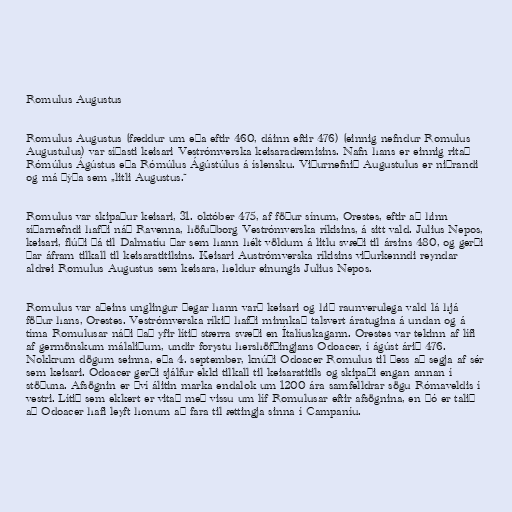
Romulus Augustus

Romulus Augustus (fæddur um eða eftir 460, dáinn eftir 476) (einnig nefndur Romulus
Augustulus) var síðasti keisari Vestrómverska keisaradæmisins. Nafn hans er einnig ritað
Rómúlus Ágústus eða Rómúlus Ágústúlus á íslensku. Viðurnefnið Augustulus er niðrandi
og má þýða sem „litli Augustus.“

Romulus var skipaður keisari, 31. október 475, af föður sínum, Orestes, eftir að hinn
síðarnefndi hafði náð Ravenna, höfuðborg Vestrómverska ríkisins, á sitt vald. Julius Nepos,
keisari, flúði þá til Dalmatíu þar sem hann hélt völdum á litlu svæði til ársins 480, og gerði
þar áfram tilkall til keisaratitilsins. Keisari Austrómverska ríkisins viðurkenndi reyndar
aldrei Romulus Augustus sem keisara, heldur einungis Julius Nepos.

Romulus var aðeins unglingur þegar hann varð keisari og hið raunverulega vald lá hjá
föður hans, Orestes. Vestrómverska ríkið hafði minnkað talsvert áratugina á undan og á
tíma Romulusar náði það yfir lítið stærra svæði en Ítalíuskagann. Orestes var tekinn af lífi
af germönskum málaliðum, undir forystu hershöfðingjans Odoacer, í ágúst árið 476.
Nokkrum dögum seinna, eða 4. september, knúði Odoacer Romulus til þess að segja af sér
sem keisari. Odoacer gerði sjálfur ekki tilkall til keisaratitils og skipaði engan annan í
stöðuna. Afsögnin er því álitin marka endalok um 1200 ára samfelldrar sögu Rómaveldis í
vestri. Lítið sem ekkert er vitað með vissu um líf Romulusar eftir afsögnina, en þó er talið
að Odoacer hafi leyft honum að fara til ættingja sinna í Campaníu.